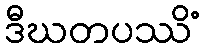
ဒီဃတပဿိံ